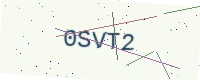
Text: 0SVT2